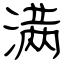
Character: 满